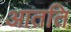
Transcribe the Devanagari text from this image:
आतति